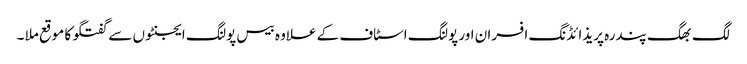
لگ بھگ پندرہ پریذائڈنگ افسران اور پولنگ اسٹاف کے علاوہ بیس پولنگ ایجنٹوں سے گفتگو کا موقع ملا ۔